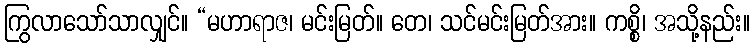
ကြွလာသော်သာလျှင်။ “မဟာရာဇ၊ မင်းမြတ်။ တေ၊ သင်မင်းမြတ်အား။ ကစ္စိ၊ အသို့နည်း။